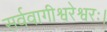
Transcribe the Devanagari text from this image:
सर्ववागीश्वरेश्वरः।